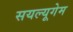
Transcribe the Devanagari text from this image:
सयल्यूगेम